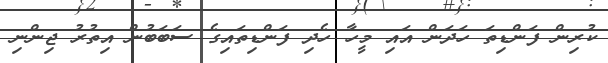
ކުރިން ފަންޑިތަ ހަދަން އައި މީހާ ހެދި ފަންޑިތައިގެ ސަބަބުން އިތުރު ޖިންނި